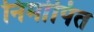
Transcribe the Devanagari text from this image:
निर्मापित